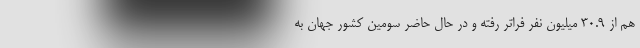
هم از ۳۰.۹ میلیون نفر فراتر رفته و در حال حاضر سومین کشور جهان به